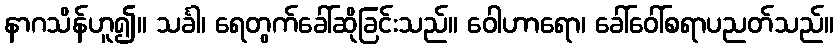
နာဂသိန်ဟူ၍။ သင်္ခါ၊ ရေတွက်ခေါ်ဆိုခြင်းသည်။ ဝေါဟာရော၊ ခေါ်ဝေါ်စရာပညတ်သည်။